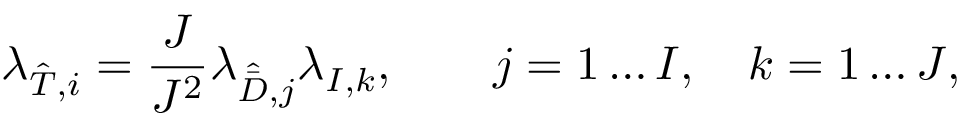
\lambda _ { \hat { T } , i } = \frac { J } { J ^ { 2 } } \lambda _ { \hat { \bar { D } } , j } \lambda _ { I , k } , \qquad j = 1 \ldots I , \quad k = 1 \ldots J ,